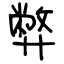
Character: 弊